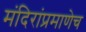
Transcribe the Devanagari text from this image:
मंदिरांप्रमाणेच